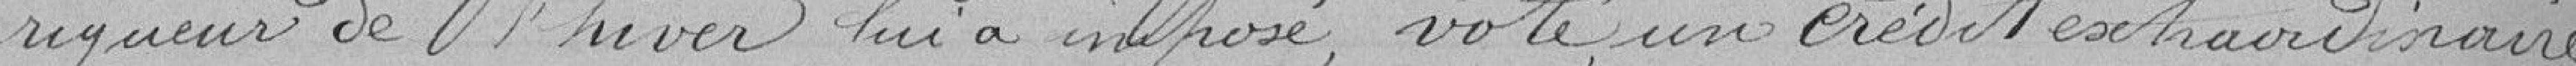
rigueur de l'hiver lui a imposé, vote un crédit extraordinaire